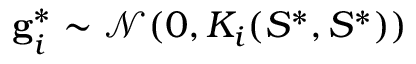
\mathbf { g } _ { i } ^ { * } \sim \mathcal { N } ( 0 , K _ { i } ( S ^ { * } , S ^ { * } ) )